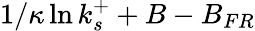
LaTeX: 1/\kappa\ln k_{s}^{+}+B-B_{FR}